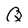
Character: Q